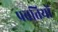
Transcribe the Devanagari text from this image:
प्रव्रत्तियों